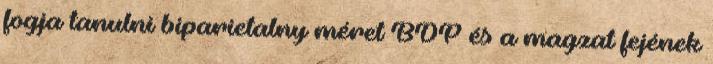
fogja tanulni biparietalny méret BDP és a magzat fejének